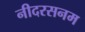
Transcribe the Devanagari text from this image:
नीदरसनम